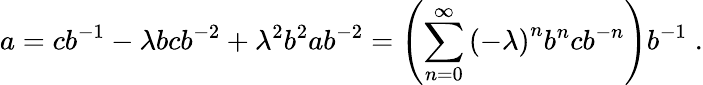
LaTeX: a=cb^{-1}-\lambda bcb^{-2}+\lambda^{2}b^{2}ab^{-2}=\left(\sum_{n=0}^{\infty}\left(-\lambda\right)^{n}b^{n}cb^{-n}\right)b^{-1}\; .